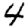
Digit: 4